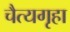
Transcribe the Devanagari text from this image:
चैत्यगृहा